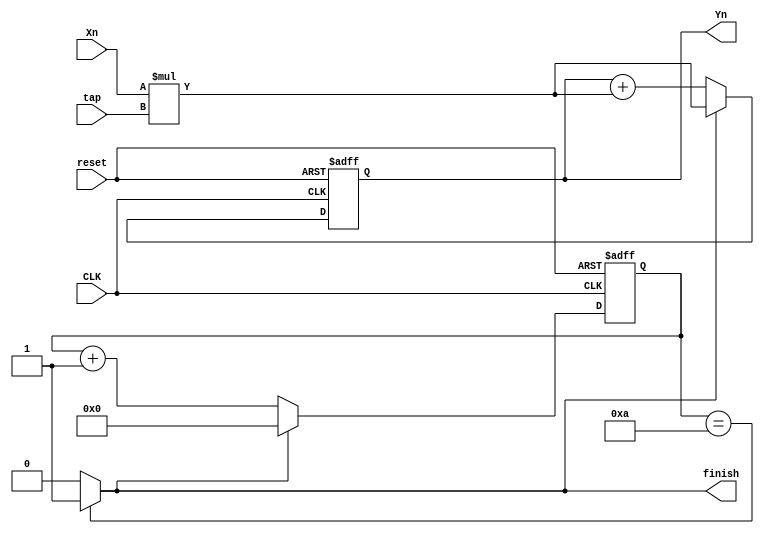
`timescale 1ns / 10ps
module kernel
(   input [31:0] Xn,
    output reg [31:0] Yn,
    input   CLK,
    input   reset,
    input   [31:0] tap,
    output  finish  
);
    localparam DONE = 1;
    localparam RUNNING = 0;
    reg [3:0] cnt;    
    
    always @(posedge CLK or negedge reset) begin
        if (~reset) begin
            cnt <= 4'b0000;
            Yn <= 68'd0;
        end else begin
            if (finish) begin
                Yn <= (Xn * tap);        // the start of the next cycle
                cnt <= 4'b0000;
            end else begin
                Yn <= Yn + (Xn * tap);
                cnt <= cnt + 1;         // normally do Yn = Yn + (Xn * tap)
            end
        end
    end
    assign finish = (cnt == 4'b1010)? (DONE):(RUNNING);     // 1 cycle == 0~10
endmodule